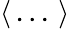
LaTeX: \langle\, ...\, \rangle